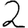
Digit: 2